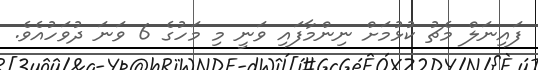
ފައިނަލް މެޗު ކުޅުމަށް ނިންމާފައި ވަނީ މި މަހުގެ 6 ވަނަ ދުވަހުއެވެ.